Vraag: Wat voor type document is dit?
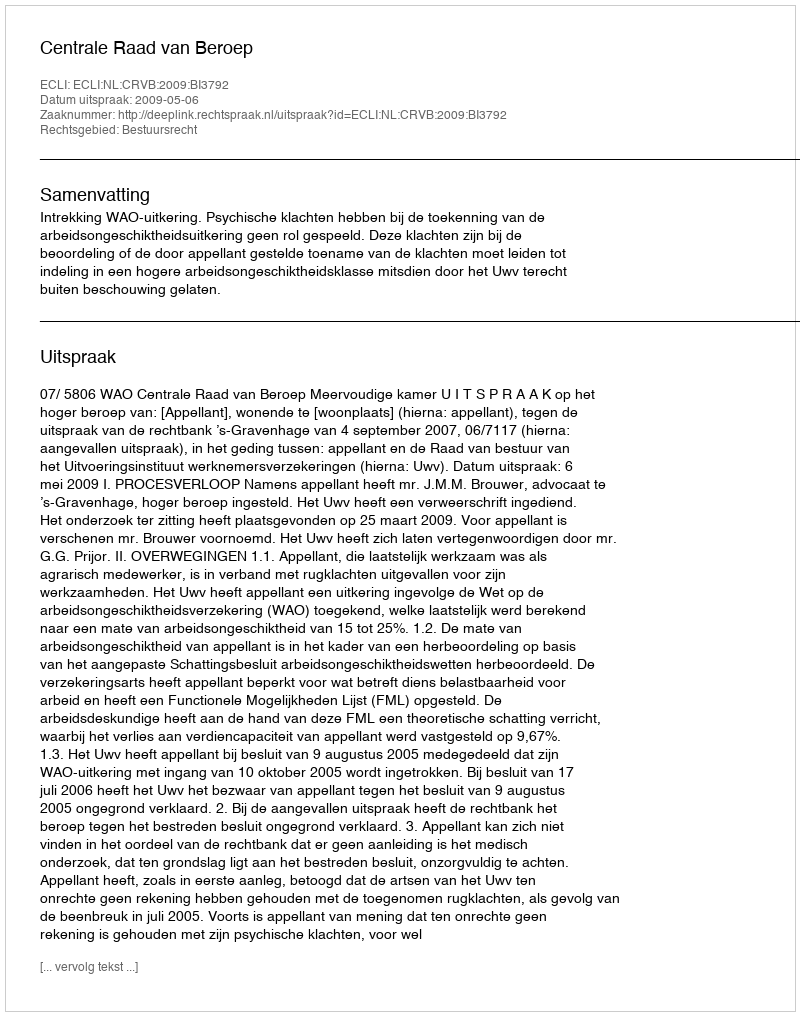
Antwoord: Uitspraak